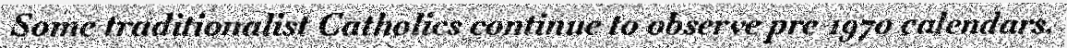
Some traditionalist Catholics continue to observe pre-1970 calendars.